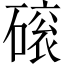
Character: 磙